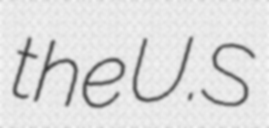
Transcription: the U.S